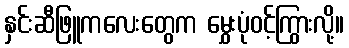
နှင်းဆီဖြူကလေးတွေက မွှေးပုံဝင့်ကြွားလို့။